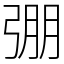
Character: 弸